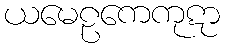
ယမေဠကေကုဋာ